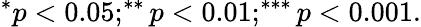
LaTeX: ^{*}p<0.05;^{**}p<0.01;^{***}p<0.001.